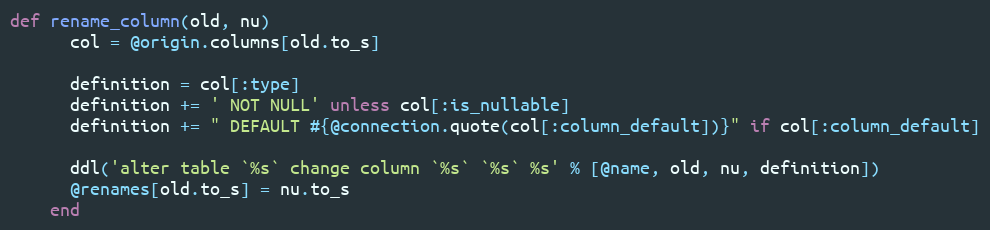
Language: Ruby
def rename_column(old, nu)
      col = @origin.columns[old.to_s]

      definition = col[:type]
      definition += ' NOT NULL' unless col[:is_nullable]
      definition += " DEFAULT #{@connection.quote(col[:column_default])}" if col[:column_default]

      ddl('alter table `%s` change column `%s` `%s` %s' % [@name, old, nu, definition])
      @renames[old.to_s] = nu.to_s
    end